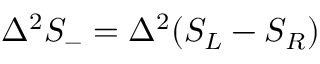
\Delta ^ { 2 } S _ { - } = \Delta ^ { 2 } ( S _ { L } - S _ { R } )